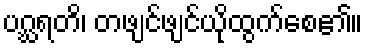
ပဂ္ဃရတိ၊ တဖျင်ဖျင်ယိုထွက်စေ၏။